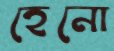
হেনো